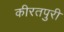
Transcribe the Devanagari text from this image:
कीरतपुरी